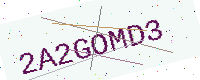
Text: 2A2GOMD3